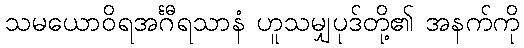
သမယောဝိရအင်္ဂီရသာနံ ဟူသမျှပုဒ်တို့၏ အနက်ကို